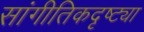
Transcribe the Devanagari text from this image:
सांगीतिकदृष्ट्या